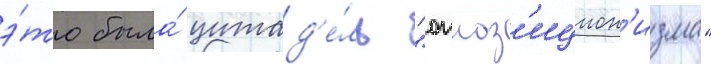
э́то была́ цитад'е́ль "оппоз'ицион'изма"